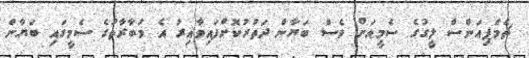
ޗެމްޕިއަންސް ލީގުގެ ސެމީއަށް ވެސް ބަޔާން ދަތުރުކޮށްފައިވާއިރު އެ މުބާރާތުގެ ސެމީގައި ބަޔާން